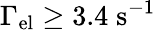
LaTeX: \Gamma_{\mathrm{el}}\ge 3.4\; \mathrm{s}^{-1}